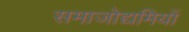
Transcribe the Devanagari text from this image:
समाजोद्यमियों